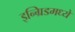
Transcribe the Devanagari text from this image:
इन्ग्रिडमध्ये